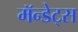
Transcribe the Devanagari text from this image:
मॅन्डेट्स